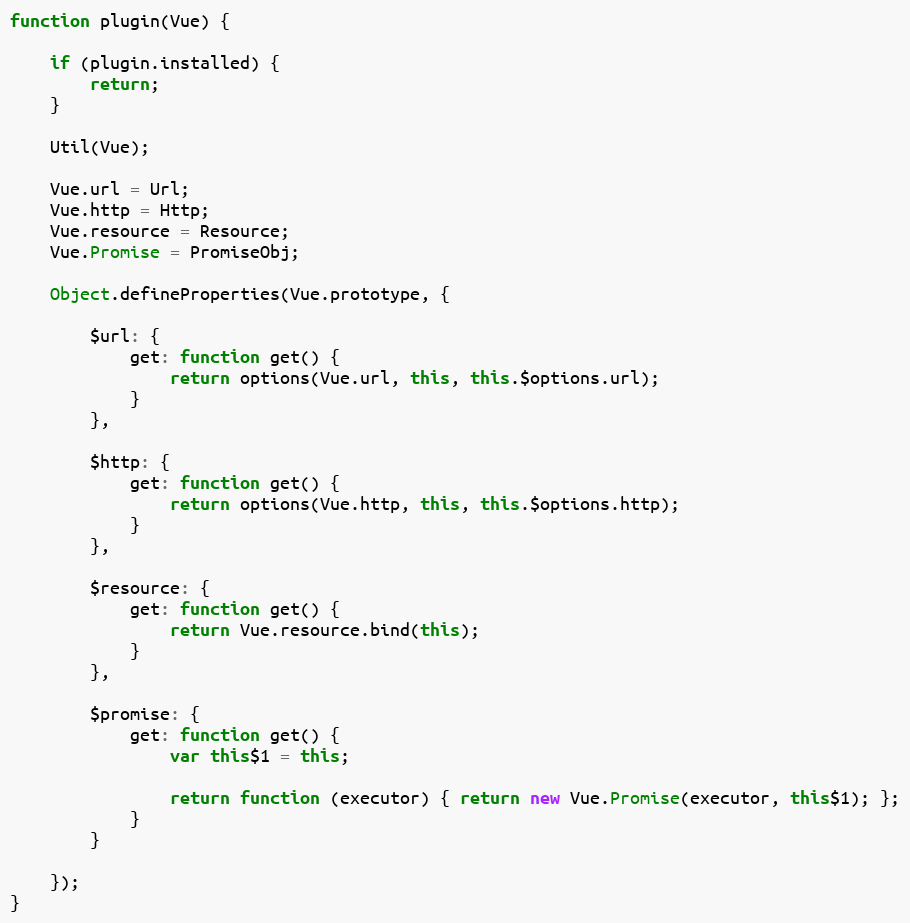
Language: JavaScript
function plugin(Vue) {

    if (plugin.installed) {
        return;
    }

    Util(Vue);

    Vue.url = Url;
    Vue.http = Http;
    Vue.resource = Resource;
    Vue.Promise = PromiseObj;

    Object.defineProperties(Vue.prototype, {

        $url: {
            get: function get() {
                return options(Vue.url, this, this.$options.url);
            }
        },

        $http: {
            get: function get() {
                return options(Vue.http, this, this.$options.http);
            }
        },

        $resource: {
            get: function get() {
                return Vue.resource.bind(this);
            }
        },

        $promise: {
            get: function get() {
                var this$1 = this;

                return function (executor) { return new Vue.Promise(executor, this$1); };
            }
        }

    });
}